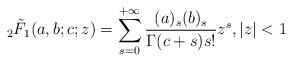
LaTeX: \begin{align*} {}_2 \tilde{F}_1 (a, b;c ; z) = \sum_{s=0}^{+\infty} \frac{(a)_s (b)_s}{\Gamma (c+s) s!} z^s, |z|<1\end{align*}